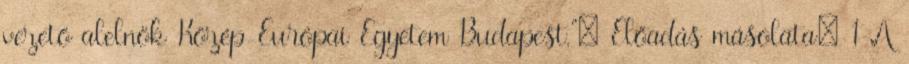
vezető alelnök Közép-Európai Egyetem Budapest."— Előadás másolata: 1 A